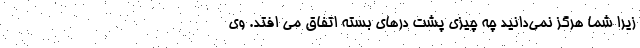
زیرا شما هرگز نمی‌دانید چه چیزی پشت درهای بسته اتفاق می افتد. وی